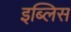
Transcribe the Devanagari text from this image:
इब्लिस